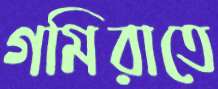
গমিরাতে